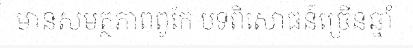
មានសមត្ថភាពពូកែ បទពិសោធន៍ច្រើនឆ្នាំ